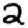
Digit: 2